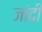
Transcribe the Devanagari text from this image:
जांदी